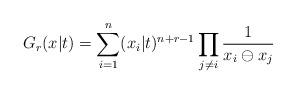
LaTeX: \begin{align*}G_{r}(x|t)=\sum_{i=1}^{n}(x_{i}|t)^{n+r-1}\prod_{j\neq i}\frac{1}{x_{i}\ominus x_{j}} \end{align*}